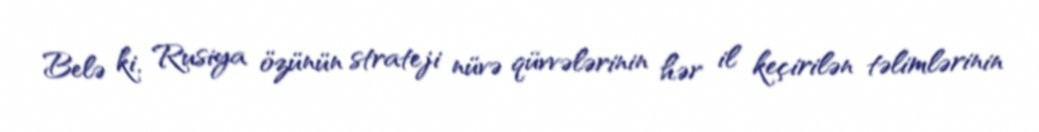
Belə ki, Rusiya özünün strateji nüvə qüvvələrinin hər il keçirilən təlimlərinin